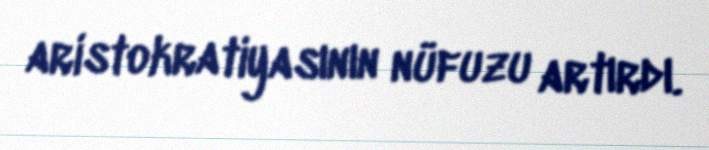
aristokratiyasının nüfuzu artırdı.